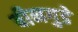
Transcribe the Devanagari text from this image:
बीनगुडे